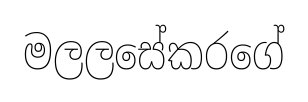
මලලසේකරගේ